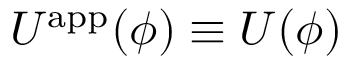
U ^ { \mathrm { a p p } } ( \phi ) \equiv U ( \phi )